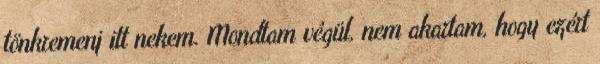
tönkremenj itt nekem. Mondtam végül, nem akartam, hogy ezért